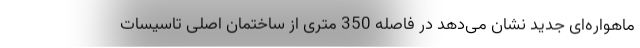
ماهواره‌ای جدید نشان می‌دهد در فاصله 350 متری از ساختمان اصلی تاسیسات